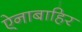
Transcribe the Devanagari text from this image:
ऐनाबाहिर